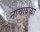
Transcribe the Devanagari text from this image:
नाचायच्या